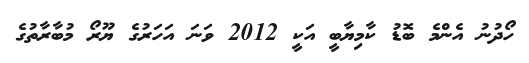
ހޯދުނު އެންމެ ބޮޑު ކާމިޔާބީ އަކީ 2012 ވަނަ އަހަރުގެ ޔޫރޯ މުބާރާތުގެ